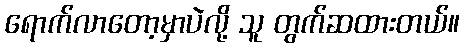
ရောက်လာတော့မှာပဲလို့ သူ တွက်ဆထားတယ်။